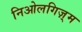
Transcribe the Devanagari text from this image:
निओलगिज़्म